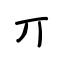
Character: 丌